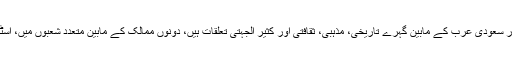
اس موقع پر وزیرخارجہ نے کہا کہ پاکستان اور سعودی عرب کے مابین گہرے تاریخی، مذہبی، ثقافتی اور کثیر الجہتی تعلقات ہیں، دونوں ممالک کے مابین متعدد شعبوں میں، اسٹرجیک شراکت داری میں اضافہ خوش آئند ہے۔